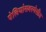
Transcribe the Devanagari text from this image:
पेलियोसबस्पेसीज